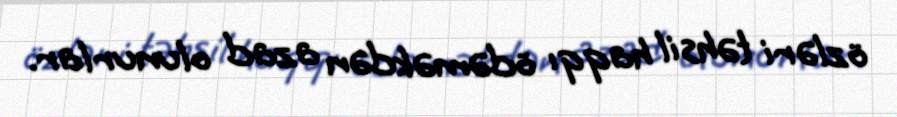
özləri təhsil haqqı ödəməkdən azad olunurlar.